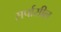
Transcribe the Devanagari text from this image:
सर्पासील